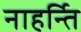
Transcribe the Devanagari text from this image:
नाहर्न्ति